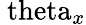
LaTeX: \mathrm{\ theta}_{x}